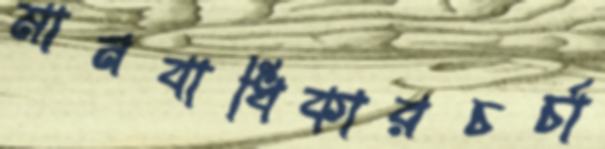
মানবাধিকারচর্চা